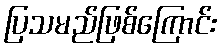
ပြသမည်ဖြစ်ကြောင်း